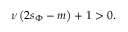
\nu \left( 2 s _ { \Phi } - m \right) + 1 > 0 .